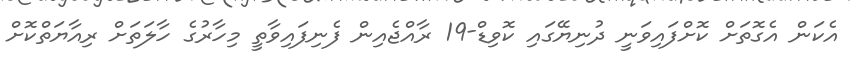
އެކަން އެގޮތަށް ކޮށްފައިވަނީ ދުނިޔޭގައި ކޮވިޑް-19 ރާއްޖެއިން ފެނިފައިވާތީ މިހާރުގެ ހާލަތަށް ރިއާޔަތްކޮށް